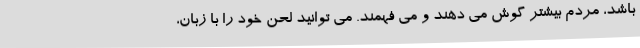
باشد، مردم بیشتر گوش می دهند و می فهمند. می توانید لحن خود را با زبان،